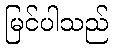
မြင်ပါသည်